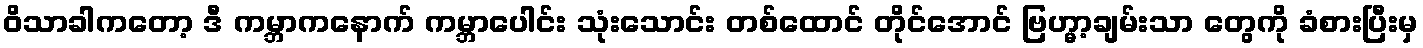
ဝိသာခါကတော့ ဒီ ကမ္ဘာကနောက် ကမ္ဘာပေါင်း သုံးသောင်း တစ်ထောင် တိုင်အောင် ဗြဟ္မာ့ချမ်းသာ တွေကို ခံစားပြီးမှ